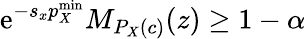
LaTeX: \mathrm{e}^{-s_{x}p_{X}^{\mathrm{min}}}M_{P_{X}(c)}(z)\geq 1-\alpha